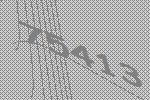
75413